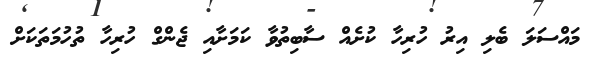
މައްސަލަ ބެލި އިރު ހުރިހާ ކުށެއް ސާބިތުވާ ކަމަށާއި ޖެންގް ހުރިހާ ތުހުމަތަކަށް